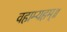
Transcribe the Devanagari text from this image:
वहाम्यहम्॥